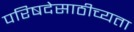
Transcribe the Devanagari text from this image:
परिषदेसाठीच्यता